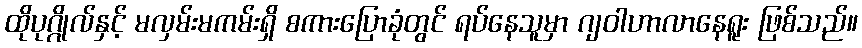
ထိုပုဂ္ဂိုလ်နှင့် မလှမ်းမကမ်းရှိ စကားပြောခုံတွင် ရပ်နေသူမှာ ဂျဝါဟာလာနေရူး ဖြစ်သည်။